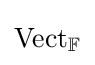
{\textstyle \mathrm {Vect} _{\mathbb {F} }}